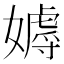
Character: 𡢙